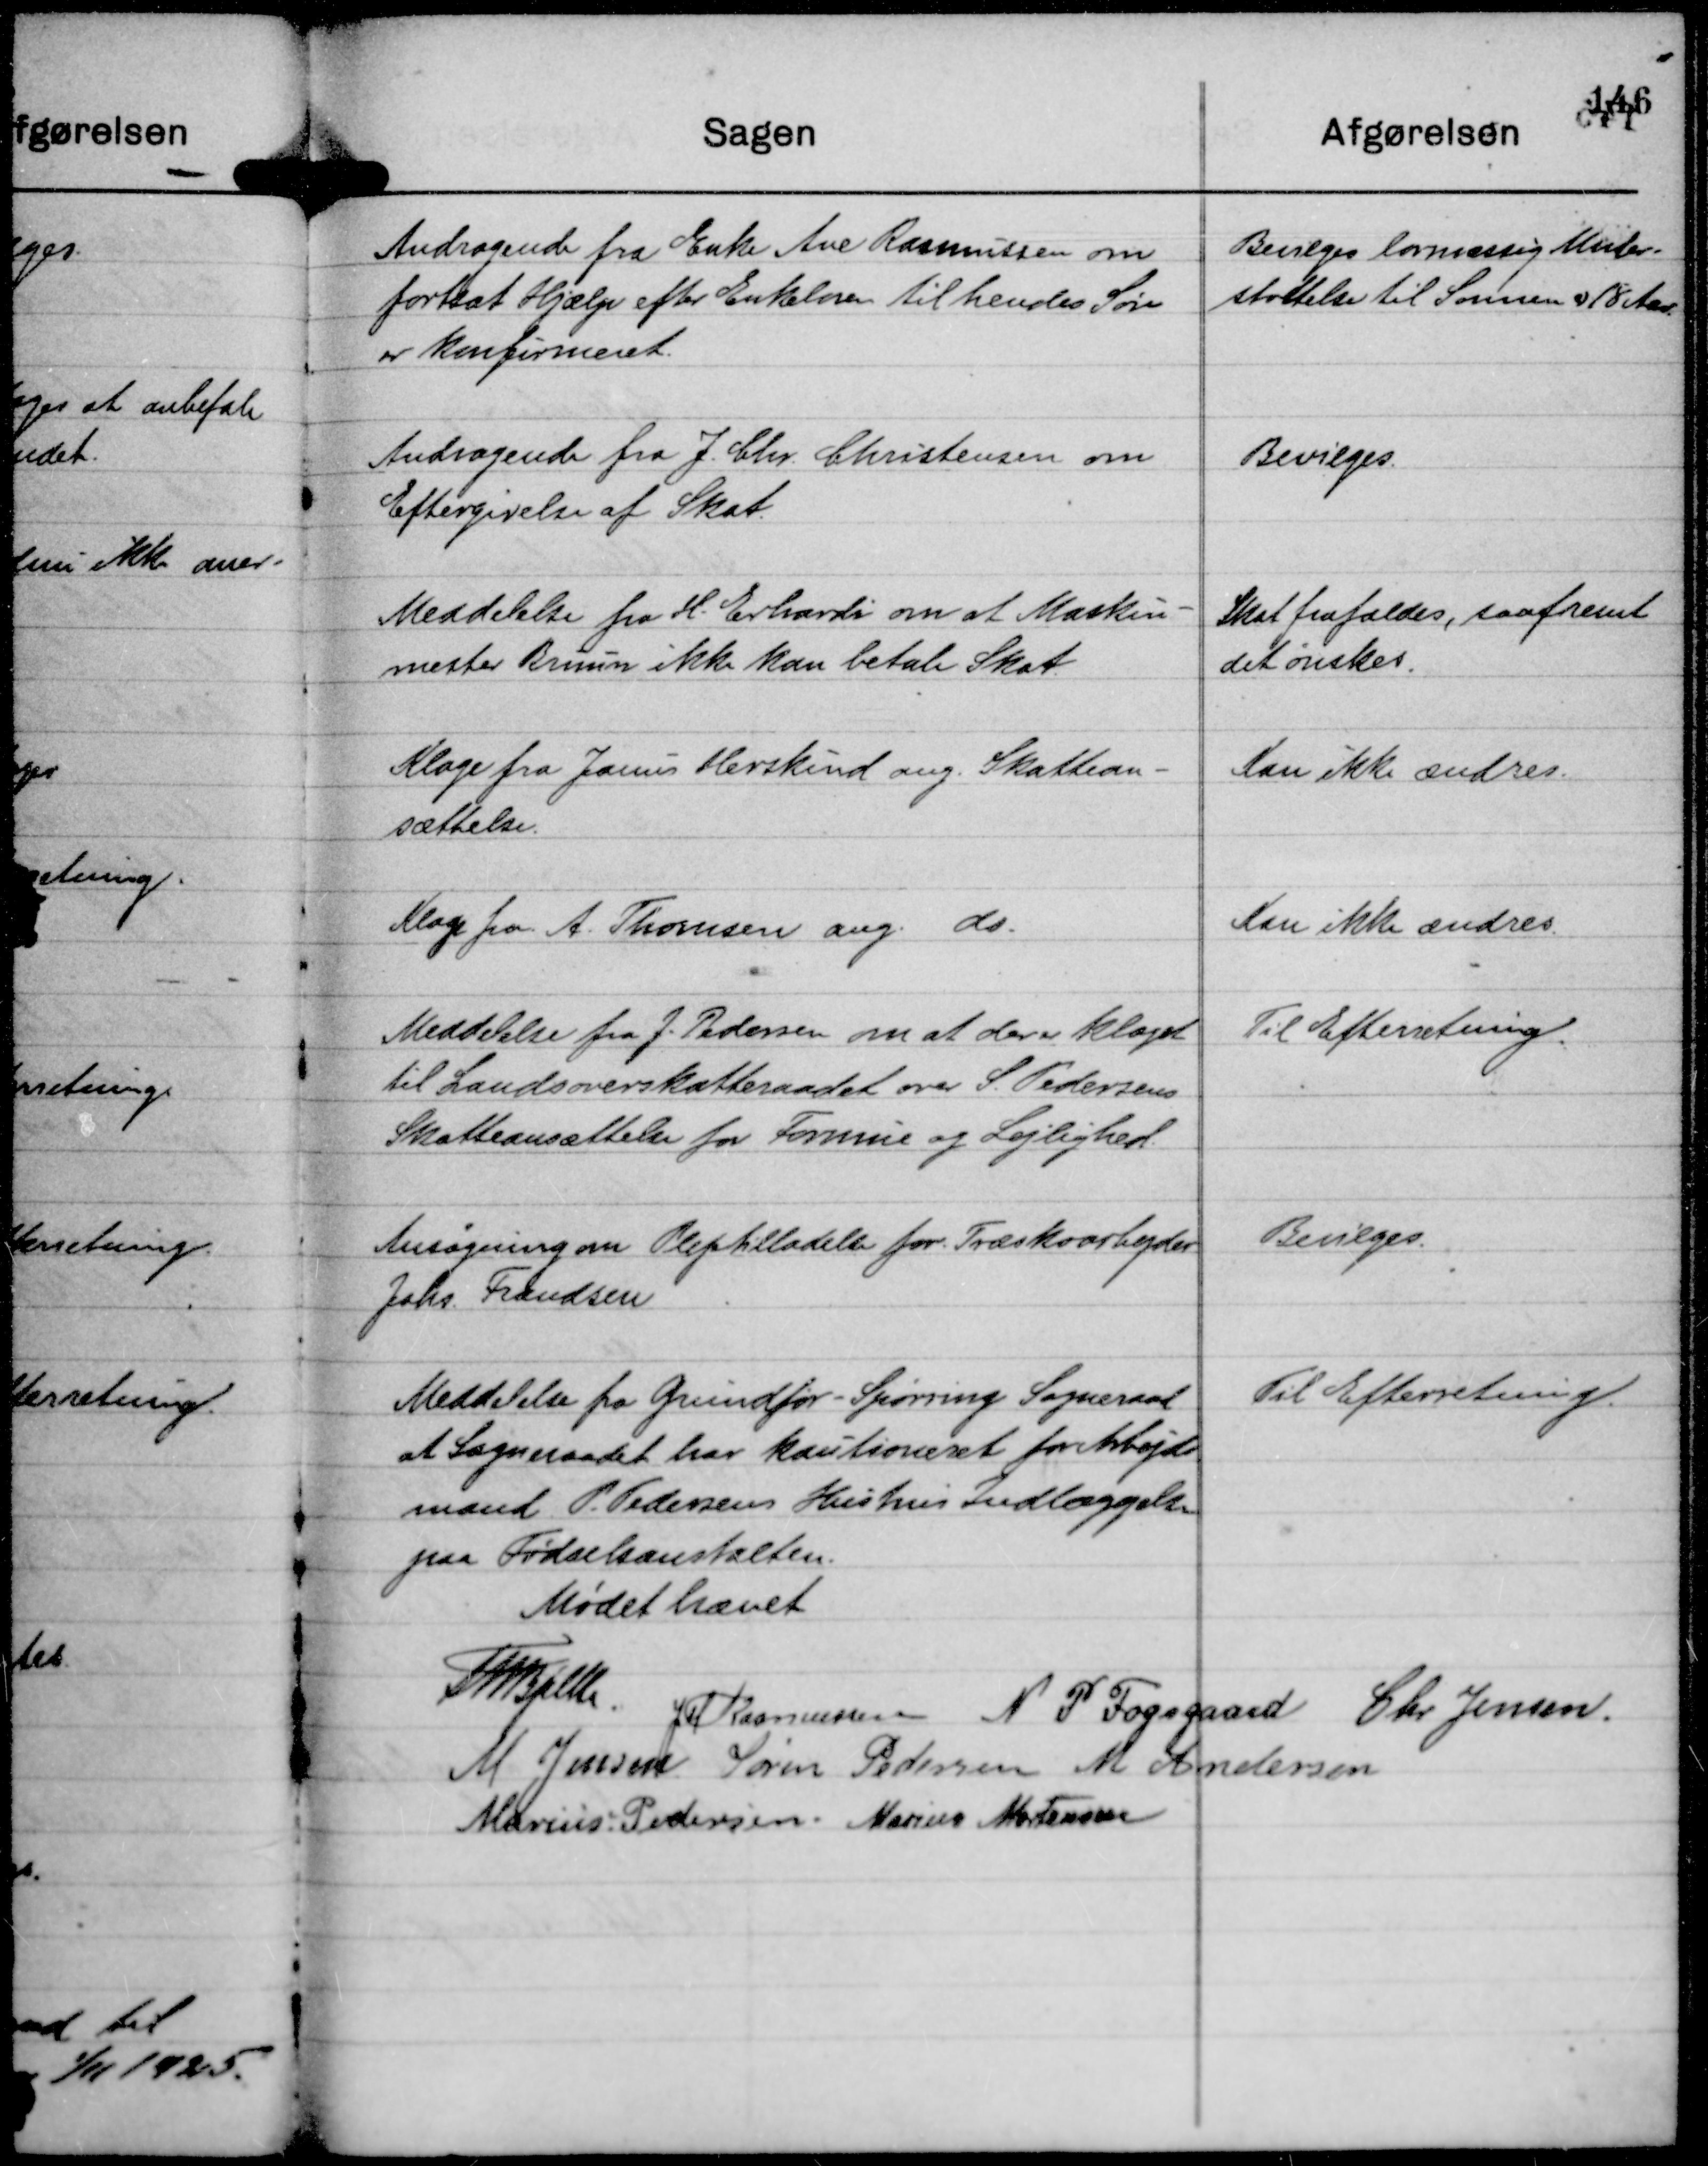
Transskription:
Andragende fra Enke Ane Rasmussen om
fortsat Hjælp efter Enkeloven til hendes Søn
er Konfirmeret.

Bevilges lovmæssig Under-
støttelse til Sønnen er 18 Aar.

Andragende fra J. Chr. Christensen om
Eftergivelse af Skat.

Bevilges.

Meddelelse fra H. Erhards om at Maskin-
mester Bruun ikke kan betale Skat.

Skat frafaldes, saafremt
det ønskes.

Klage fra Janus Herskind ang. Skattean-
sættelse.

Kan ikke ændres.

Klage fra A. Thomsen ang. do.

Kan ikke ændres.

Meddelelse fra J. Pedersen om at der er klaget
til Landsoverskatteraadet over S. Pedersens
Skatteansættelse for Formue og Lejlighed.

Til Efterretning.

Ansøgning om Plejetilladelse for Træskoarbejder
Johs. Frandsen

Bevilges.

Meddelelse fra Grundfør - Spørring Sogneraad
at Sogneraadet har kautioneret for Arbejds-
mand P. Pedersens Hustrus Indlæggelse
paa Fødselsanstalten.

Til Efterretning.

Mødet hævet
Th Bjelke.
JM Rasmussen
N P Fogsgaard
Chr Jensen.
M Jensen
Søren Pedersen
M Andersen
Marius Pedersen.
Marius Mortensen